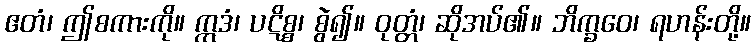
ဧတံ၊ ဤစကားကို။ ဣဒံ၊ ပဋိစ္စ၊ စွဲ၍။ ဝုတ္တံ၊ ဆိုအပ်၏။ ဘိက္ခဝေ၊ ရဟန်းတို့။